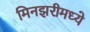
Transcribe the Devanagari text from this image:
मिनझरीमध्ये